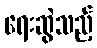
ရေးဆွဲသည့်